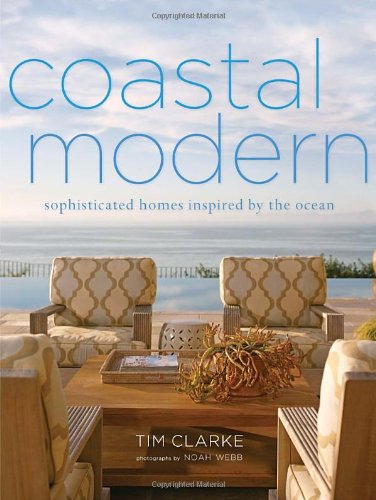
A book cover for Coastal Modern: Sophisticated Homes Inspired by the Ocean; Tim Clarke; Arts & Photography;